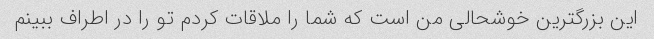
این بزرگترین خوشحالی من است که شما را ملاقات کردم تو را در اطراف ببینم